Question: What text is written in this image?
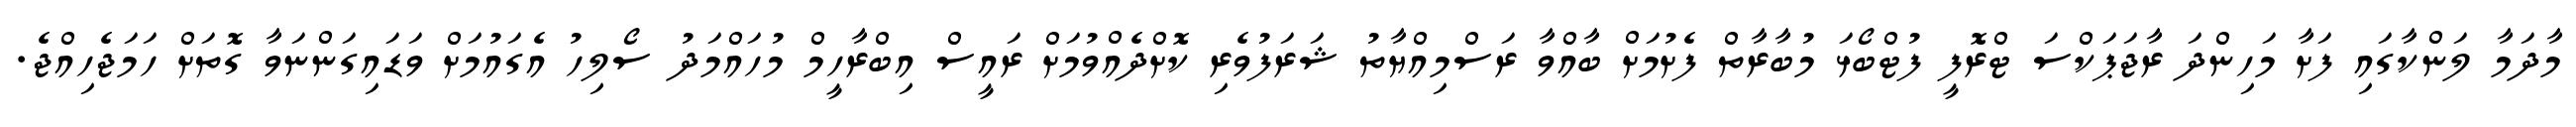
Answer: މާދަމާ ލަންކާގައި ފަށާ މަހިންދަ ރާޖަޕަކްސަ ޓްރޮފީ ފުޓްބޯޅަ މުބާރާތް ފެށުމަށް ބާއްވާ ރަސްމިއްޔާތު ޝަރަފުވެރި ކޮށްދެއްވުމަށް ރައީސް އިބްރާހީމް މުހައްމަދު ސޯލިހު އެގައުމަށް ވަޑައިގަންނަވާ ގޮތަށް ހަމަޖެހިއްޖެ.